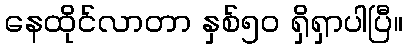
နေထိုင်လာတာ နှစ်၅၀ ရှိရှာပါပြီ။